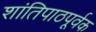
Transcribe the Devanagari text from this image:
शांतिपाठपूर्वक